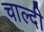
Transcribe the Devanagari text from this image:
चाल्दी